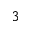
^ 3